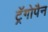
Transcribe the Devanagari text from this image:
ट्रॅगोपैन